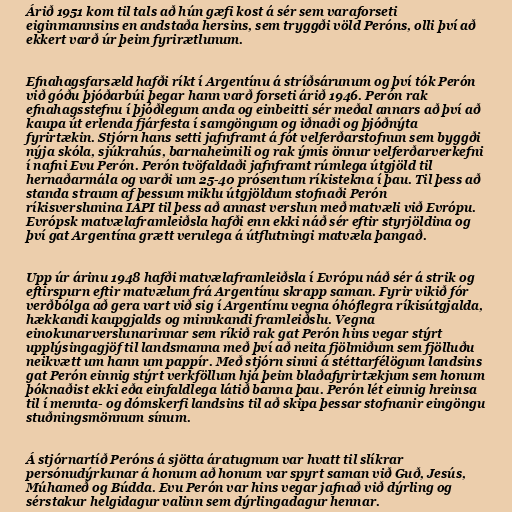
Árið 1951 kom til tals að hún gæfi kost á sér sem varaforseti
eiginmannsins en andstaða hersins, sem tryggði völd Peróns, olli því að
ekkert varð úr þeim fyrirætlunum.

Efnahagsfarsæld hafði ríkt í Argentínu á stríðsárunum og því tók Perón
við góðu þjóðarbúi þegar hann varð forseti árið 1946. Perón rak
efnahagsstefnu í þjóðlegum anda og einbeitti sér meðal annars að því að
kaupa út erlenda fjárfesta í samgöngum og iðnaði og þjóðnýta
fyrirtækin. Stjórn hans setti jafnframt á fót velferðarstofnun sem byggði
nýja skóla, sjúkrahús, barnaheimili og rak ýmis önnur velferðarverkefni
í nafni Evu Perón. Perón tvöfaldaði jafnframt rúmlega útgjöld til
hernaðarmála og varði um 25-40 prósentum ríkistekna í þau. Til þess að
standa straum af þessum miklu útgjöldum stofnaði Perón
ríkisverslunina IAPI til þess að annast verslun með matvæli við Evrópu.
Evrópsk matvælaframleiðsla hafði enn ekki náð sér eftir styrjöldina og
því gat Argentína grætt verulega á útflutningi matvæla þangað.

Upp úr árinu 1948 hafði matvælaframleiðsla í Evrópu náð sér á strik og
eftirspurn eftir matvælum frá Argentínu skrapp saman. Fyrir vikið fór
verðbólga að gera vart við sig í Argentínu vegna óhóflegra ríkisútgjalda,
hækkandi kaupgjalds og minnkandi framleiðslu. Vegna
einokunarverslunarinnar sem ríkið rak gat Perón hins vegar stýrt
upplýsingagjöf til landsmanna með því að neita fjölmiðum sem fjölluðu
neikvætt um hann um pappír. Með stjórn sinni á stéttarfélögum landsins
gat Perón einnig stýrt verkföllum hjá þeim blaðafyrirtækjum sem honum
þóknaðist ekki eða einfaldlega látið banna þau. Perón lét einnig hreinsa
til í mennta- og dómskerfi landsins til að skipa þessar stofnanir eingöngu
stuðningsmönnum sínum.

Á stjórnartíð Peróns á sjötta áratugnum var hvatt til slíkrar
persónudýrkunar á honum að honum var spyrt saman við Guð, Jesús,
Múhameð og Búdda. Evu Perón var hins vegar jafnað við dýrling og
sérstakur helgidagur valinn sem dýrlingadagur hennar.